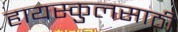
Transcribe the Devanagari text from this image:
हायस्‍कुलसाठी